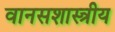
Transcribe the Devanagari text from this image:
वानसशास्त्रीय